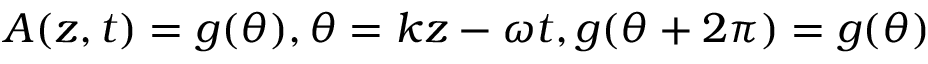
A ( z , t ) = g ( \theta ) , \theta = k z - \omega t , g ( \theta + 2 \pi ) = g ( \theta )